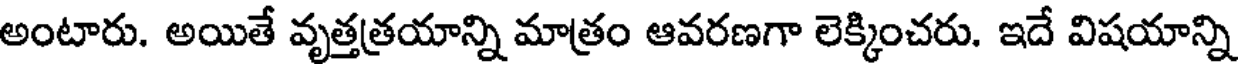
అంటారు. అయితే వృత్తత్రయాన్ని మాత్రం ఆవరణగా లెక్కించరు. ఇదే విషయాన్ని